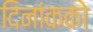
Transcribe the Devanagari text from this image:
दिनांकको